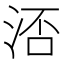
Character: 㳪